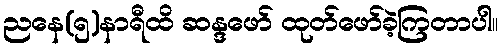
ညနေ(၅)နာရီထိ ဆန္ဒဖော် ထုတ်ဖော်ခဲ့ကြတာပါ။